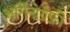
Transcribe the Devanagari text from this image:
ऑर्गेनोग्रैफ़ी